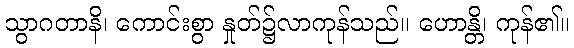
သွာဂတာနိ၊ ကောင်းစွာ နှုတ်၌လာကုန်သည်။ ဟောန္တိ၊ ကုန်၏။